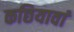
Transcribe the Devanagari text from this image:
कछियावां